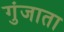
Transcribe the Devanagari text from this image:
गुंजाता